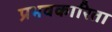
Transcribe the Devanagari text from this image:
प्रभवकारिता